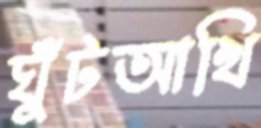
ঘুঁটআখি